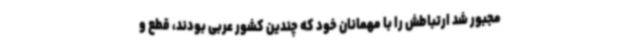
مجبور شد ارتباطش را با مهمانان خود که چندین کشور عربی بودند، قطع و